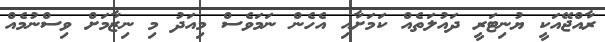
ރާއްޖޭއަކީ ޔުނިޓަރީ ދައުލަތެއް ކަމަށާއި އެހެން ނަމަވެސް މިއަދު މި ނިޒާމަށް ވިސްނުމެއް